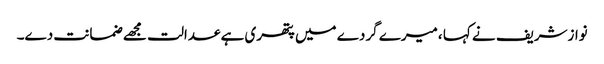
نوازشریف نے کہا ،میرے گردے میں پتھری ہے عدالت مجھے ضمانت دے۔